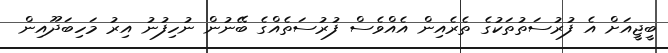
ބީޖީއަށް އެ ފުރުސަތުތަކުގެ ތެރެއިން އެއްވެސް ފުރުސަތެއްގެ ބޭނުން ނުހިފުނު އިރު މަހިބަދޫއިން